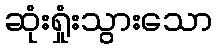
ဆုံးရှုံးသွားသော